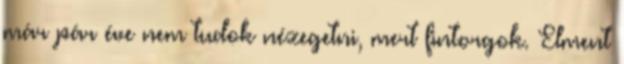
már pár éve nem tudok nézegetni, mert fintorgok. Elment